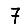
Digit: 7